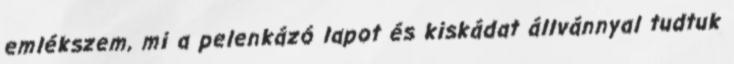
emlékszem, mi a pelenkázó lapot és kiskádat állvánnyal tudtuk